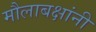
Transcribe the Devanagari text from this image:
मौलाबक्षांनी